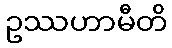
ဥဿဟာမီတိ